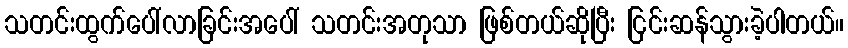
သတင်းထွက်ပေါ်လာခြင်းအပေါ် သတင်းအတုသာ ဖြစ်တယ်ဆိုပြီး ငြင်းဆန်သွားခဲ့ပါတယ်။